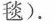
毯).